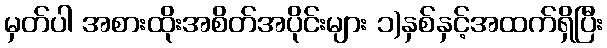
မှတ်ပါ အစားထိုးအစိတ်အပိုင်းများ ၁)နှစ်နှင့်အထက်ရှိပြီး